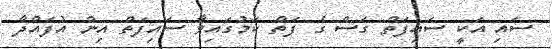
ސައި އަކީ ސައިފަތް ގަސް ގެ ފަތް ކަމުގައިވާ ސައިފަތް އިން އުފައްދާ